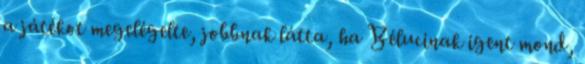
a játékot megelégelte, jobbnak látta, ha Bélucinak igent mond,